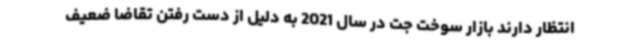
انتظار دارند بازار سوخت جت در سال 2021 به دلیل از دست رفتن تقاضا ضعیف